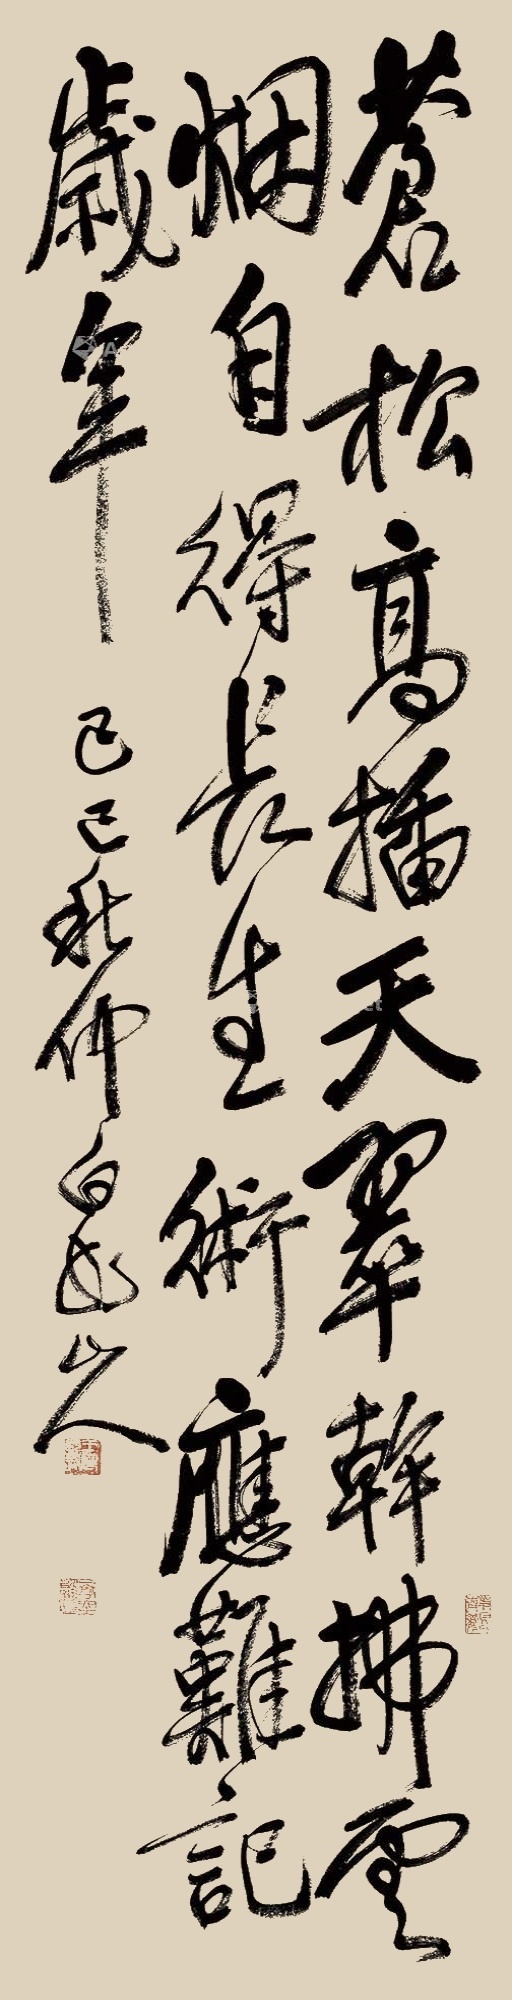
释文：苍松高插天翠干拂云烟自得长生术，应难记岁年。己巳（1929年）秋仲白龙山人。